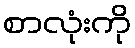
စာလုံးကို